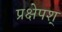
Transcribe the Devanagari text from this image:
प्रक्षेपश्